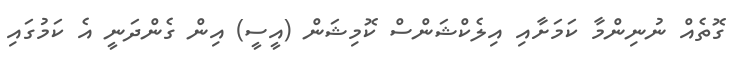
ގޮތެއް ނުނިންމާ ކަމަށާއި އިލެކްޝަންސް ކޮމިޝަން (އީސީ) އިން ގެންދަނީ އެ ކަމުގައި